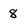
Character: 8